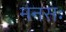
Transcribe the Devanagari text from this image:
मनसः